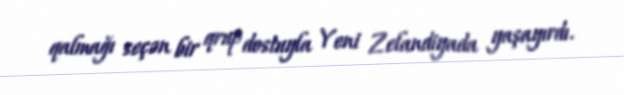
qalmağı seçən bir qrup dostuyla Yeni Zelandiyada yaşayırdı.